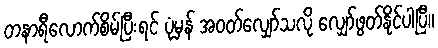
တနာရီလောက်စိမ်ပြီးရင် ပုံမှန် အဝတ်လျှော်သလို လျှော်ဖွတ်နိုင်ပါပြီ။